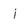
Character: 1